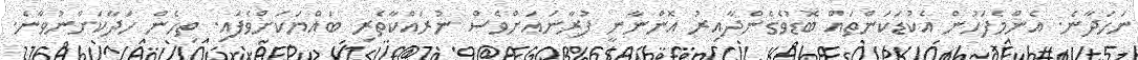
ނަހަދާނެ. އެންމެފަހުން އެކުޑަކަންތައް ބޮޑުވެގެންދާއިރު އޮންނާނީ ފުރާނައަށްވެސް ނުރައްކާތެރި ބައްޔަކަށްވެފައި. ތިހެން ހަދާކަށްނުވާނެ.